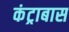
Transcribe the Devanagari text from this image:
कंट्राबास